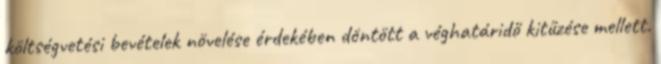
költségvetési bevételek növelése érdekében döntött a véghatáridő kitűzése mellett.